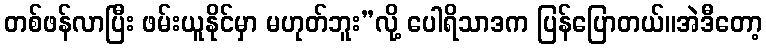
တစ်ဖန်လာပြီး ဖမ်းယူနိုင်မှာ မဟုတ်ဘူး”လို့ ပေါရိသာဒက ပြန်ပြောတယ်။အဲဒီတော့